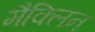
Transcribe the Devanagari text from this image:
मैक्लिन